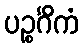
ပဉ္စင်္ဂိကံ